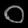
Digit: ၀